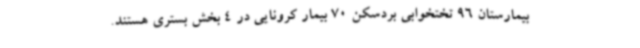
بیمارستان 96 تختخوابی بردسکن 70 بیمار کرونایی در 4 بخش بستری هستند.